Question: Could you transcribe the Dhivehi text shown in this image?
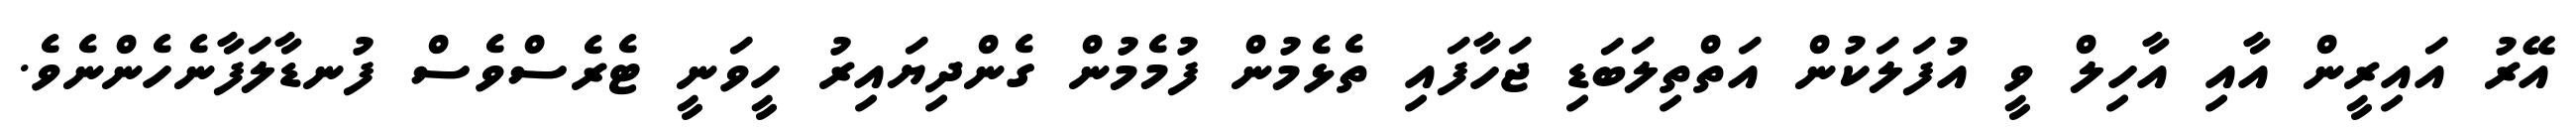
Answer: އޭރު އައިރީން އާއި އާހިލް ވީ އުފަލަކުން އަތްތިލަބަޑި ޖަހާފައި ތެޅެމުން ފުމެމުން ގެންދިޔައިރު ހީވަނީ ޓެރެސްވެސް ފުނޑާލަފާނެހެންނެވެ.